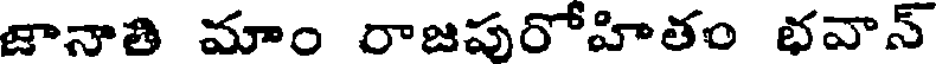
జానాతి మాం రాజపురోహితం భవాన్